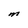
Character: M